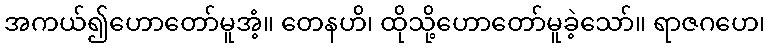
အကယ်၍ဟောတော်မူအံ့။ တေနဟိ၊ ထိုသို့ဟောတော်မူခဲ့သော်။ ရာဇဂဟေ၊